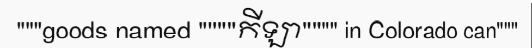
"""goods named """"កីឡា"""" in Colorado can"""